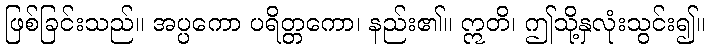
ဖြစ်ခြင်းသည်။ အပ္ပကော ပရိတ္တကော၊ နည်း၏။ ဣတိ၊ ဤသို့နှလုံးသွင်း၍။